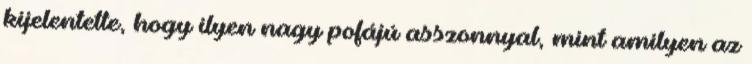
kijelentette, hogy ilyen nagy pofájú asszonnyal, mint amilyen az